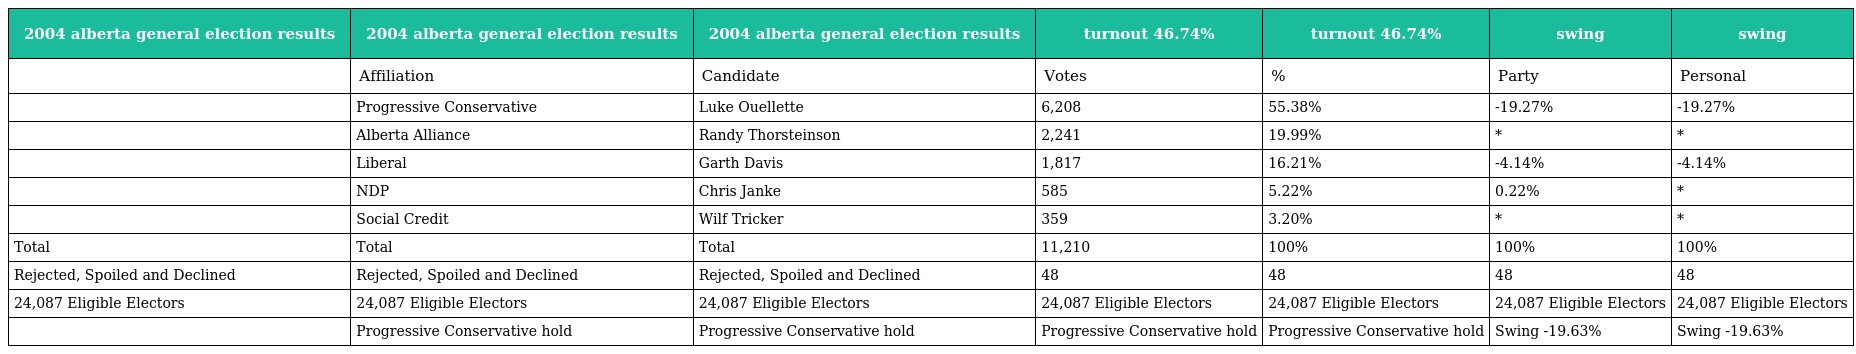
| 2004 alberta general election results | 2004 alberta general election results | 2004 alberta general election results | turnout 46.74% | turnout 46.74% | swing | swing |
 | --- | --- | --- | --- | --- | --- | --- |
 |  | Affiliation | Candidate | Votes | % | Party | Personal |
 |  | Progressive Conservative | Luke Ouellette | 6,208 | 55.38% | -19.27% | -19.27% |
 |  | Alberta Alliance | Randy Thorsteinson | 2,241 | 19.99% | * | * |
 |  | Liberal | Garth Davis | 1,817 | 16.21% | -4.14% | -4.14% |
 |  | NDP | Chris Janke | 585 | 5.22% | 0.22% | * |
 |  | Social Credit | Wilf Tricker | 359 | 3.20% | * | * |
 | Total | Total | Total | 11,210 | 100% | 100% | 100% |
 | Rejected, Spoiled and Declined | Rejected, Spoiled and Declined | Rejected, Spoiled and Declined | 48 | 48 | 48 | 48 |
 | 24,087 Eligible Electors | 24,087 Eligible Electors | 24,087 Eligible Electors | 24,087 Eligible Electors | 24,087 Eligible Electors | 24,087 Eligible Electors | 24,087 Eligible Electors |
 |  | Progressive Conservative hold | Progressive Conservative hold | Progressive Conservative hold | Progressive Conservative hold | Swing -19.63% | Swing -19.63% |